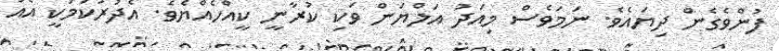
ފުންވެގެން ދިޔައެވެ. ނަމަވެސް މިއަދު އަލްޔަން ވަކި ކުރާނީ ކީއްހެއްޔެވެ. އެދުރުކަމަކީ އެއް